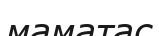
маматас